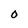
Character: O